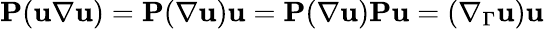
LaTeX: \mathbf P(\mathbf u\nabla\mathbf u)=\mathbf P(\nabla\mathbf u)\mathbf u=\mathbf P(\nabla\mathbf u)\mathbf P\mathbf u=(\nabla_{\Gamma}\mathbf u)\mathbf u